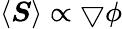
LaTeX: \langle\boldsymbol{S}\rangle\propto\bigtriangledown\phi